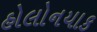
હોલોનયાક